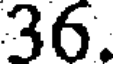
36.